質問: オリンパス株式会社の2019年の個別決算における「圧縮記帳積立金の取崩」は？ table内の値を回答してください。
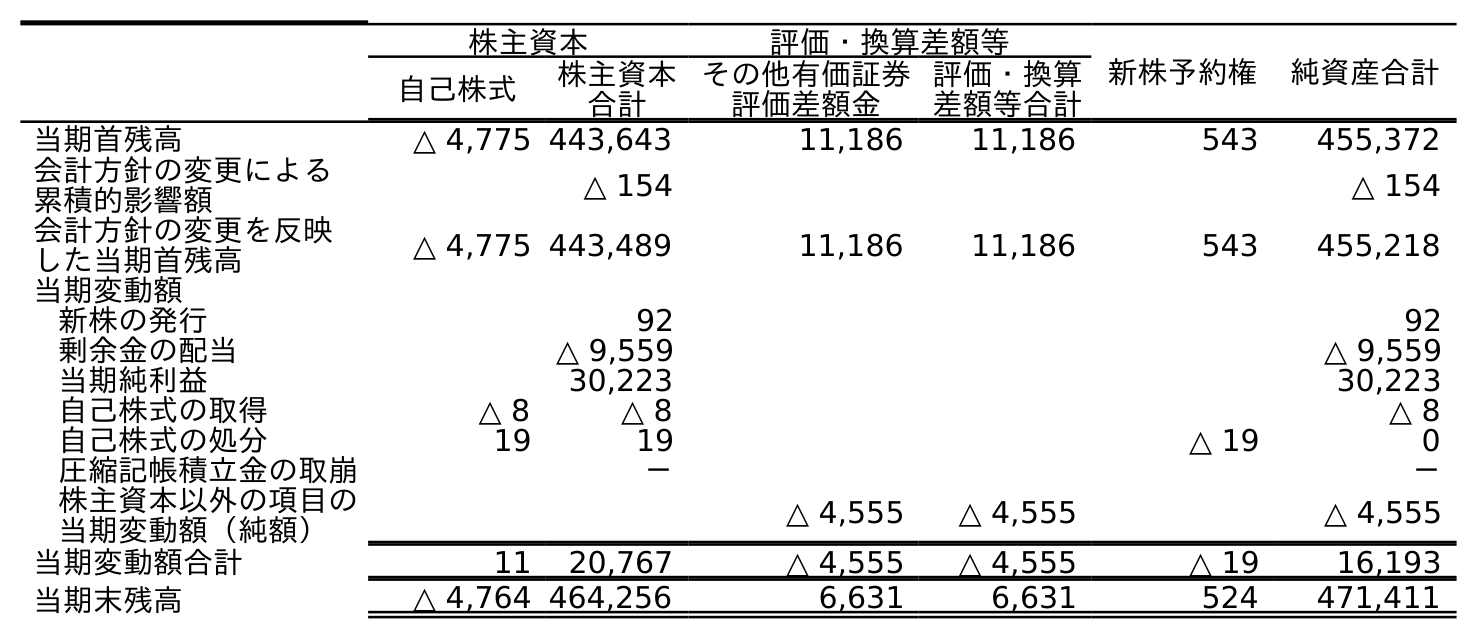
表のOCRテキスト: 株主資本 評価・換算差額等 新株予約権 純資産合計 自己株式 株主資本 合計 その他有価証券 評価差額金 評価・換算 差額等合計 当期首残高 △ 4,775 443,643 11,186 11,186 543 455,372 会計方針の変更による 累積的影響額 △ 154 △ 154 会計方針の変更を反映 した当期首残高 △ 4,775 443,489 11,186 11,186 543 455,218 当期変動額 新株の発行 92 92 剰余金の配当 △ 9,559 △ 9,559 当期純利益 30,223 30,223 自己株式の取得 △ 8 △ 8 △ 8 自己株式の処分 19 19 △ 19 0 圧縮記帳積立金の取崩 － － 株主資本以外の項目の 当期変動額（純額） △ 4,555 △ 4,555 △ 4,555 当期変動額合計 11 20,767 △ 4,555 △ 4,555 △ 19 16,193 当期末残高 △ 4,764 464,256 6,631 6,631 524 471,411
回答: －